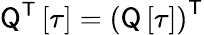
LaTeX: {\sf Q}^{\sf T}\left[\tau\right]=\left(\sf{Q}\left[\tau\right]\right)^{\sf T}